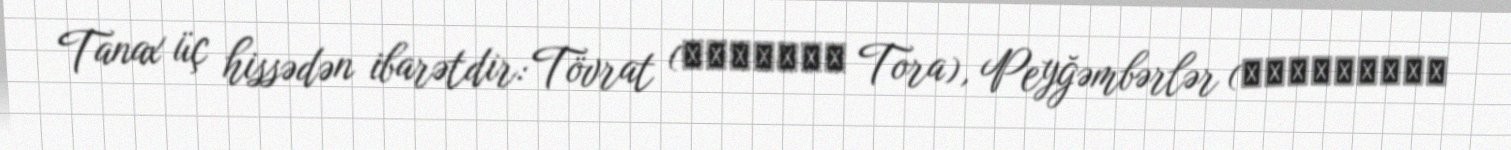
Tanax üç hissədən ibarətdir: Tövrat (תּוֹרָה Tora), Peyğəmbərlər (נְבִיאִים